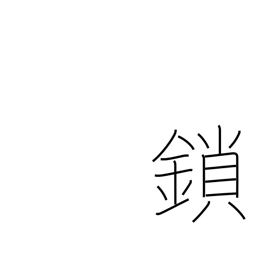
Meaning: irons